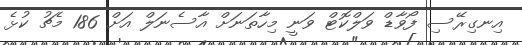
އިނގިރޭސި ފޯވާޑް ވަލްކޮޓް ވަނީ މިހާތަނަށް އާސެނަލް އަށް 186 މެޗު ކުޅެ